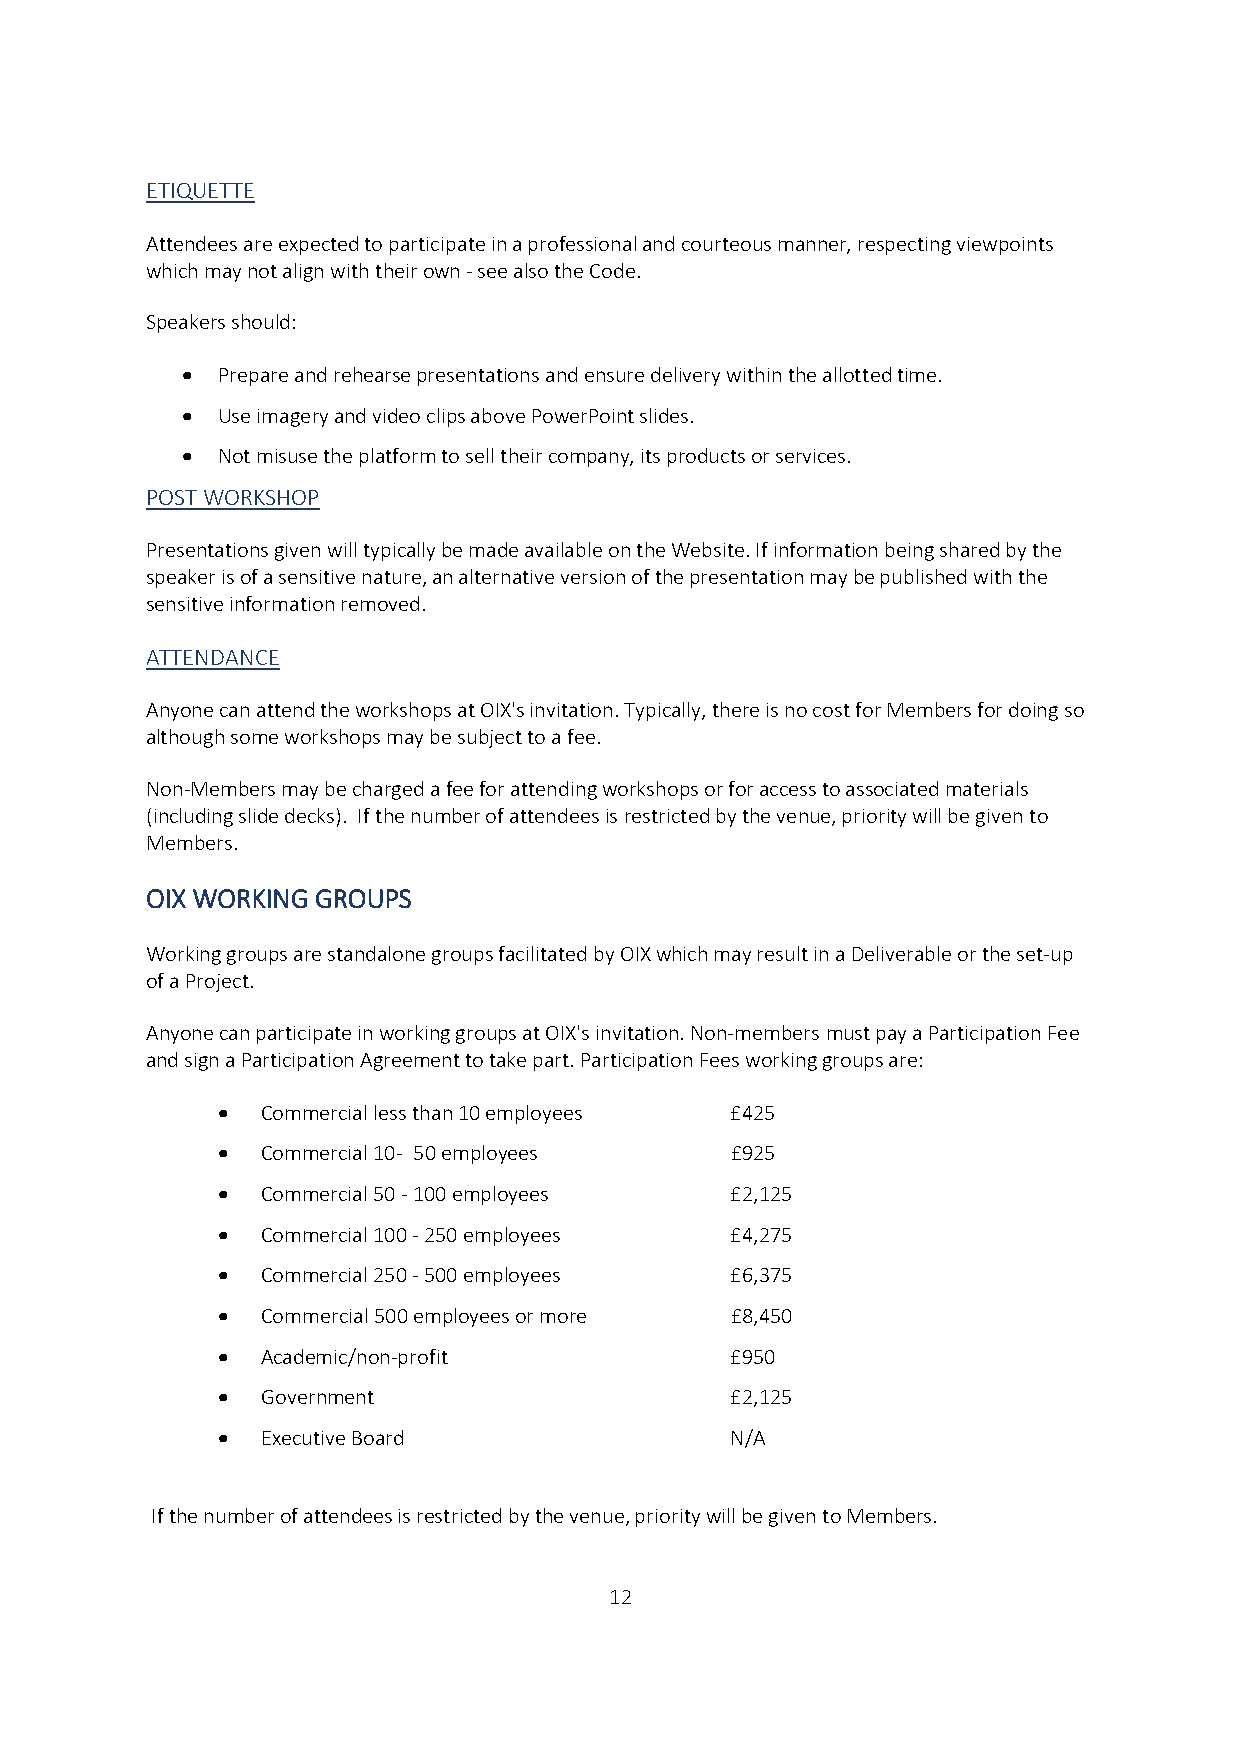
ETIQUETTE
 Attendees are expected to participate in a professional and courteous manner, respecting viewpoints
 which may not align with their own - see also the Code.
 Speakers should:
  Prepare and rehearse presentations and ensure delivery within the allotted time.
  Use imagery and video clips above PowerPoint slides.
  Not misuse the platform to sell their company, its products or services.
 POST WORKSHOP
 Presentations given will typically be made available on the Website. If information being shared by the
 speaker is of a sensitive nature, an alternative version of the presentation may be published with the
 sensitive information removed.
 ATTENDANCE
 Anyone can attend the workshops at OIX's invitation. Typically, there is no cost for Members for doing so
 although some workshops may be subject to a fee.
 Non-Members may be charged a fee for attending workshops or for access to associated materials
 (including slide decks). If the number of attendees is restricted by the venue, priority will be given to
 Members.
 OIX WORKING GROUPS
 Working groups are standalone groups facilitated by OIX which may result in a Deliverable or the set-up
 of a Project.
 Anyone can participate in working groups at OIX's invitation. Non-members must pay a Participation Fee
 and sign a Participation Agreement to take part. Participation Fees working groups are:
   Commercial less than 10 employees £425
   Commercial 10- 50 employees    £925
   Commercial 50 - 100 employees  £2,125
   Commercial 100 - 250 employees £4,275
   Commercial 250 - 500 employees £6,375
   Commercial 500 employees or more £8,450
   Academic/non-profit            £950
   Government                     £2,125
   Executive Board                N/A
 If the number of attendees is restricted by the venue, priority will be given to Members.
 12